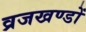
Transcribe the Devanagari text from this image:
व्रजखण्डों